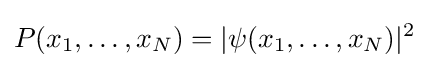
P(x_{1},\dots ,x_{N})=|\psi (x_{1},\dots ,x_{N})|^{2}